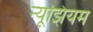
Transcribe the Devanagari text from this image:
न्यूझियम